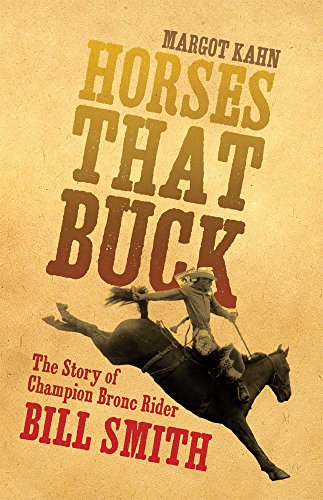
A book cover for Horses That Buck: The Story of Champion Bronc Rider Bill Smith (The Western Legacies Series); Margot Kahn; Sports & Outdoors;